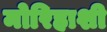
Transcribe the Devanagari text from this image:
मोरिहाशी